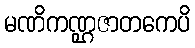
မဏိကဏ္ဌဇာတကေပိ